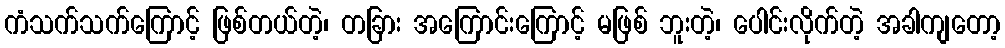
ကံသက်သက်ကြောင့် ဖြစ်တယ်တဲ့၊ တခြား အကြောင်းကြောင့် မဖြစ် ဘူးတဲ့၊ ပေါင်းလိုက်တဲ့ အခါကျတော့